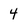
Character: 4